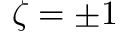
\zeta = \pm 1